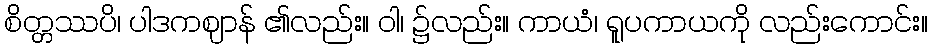
စိတ္တဿပိ၊ ပါဒကဈာန် ၏လည်း။ ဝါ၊ ၌လည်း။ ကာယံ၊ ရူပကာယကို လည်းကောင်း။